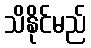
သိနိုင်မည်